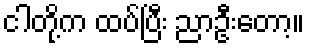
ငါတို့က ထပ်ပြီး ညာဦးတော့။